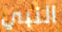
النبي